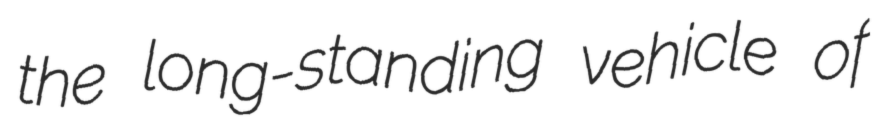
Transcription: the long-standing vehicle of